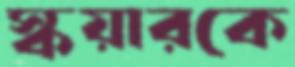
স্কয়ারকে